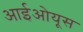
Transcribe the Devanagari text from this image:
आईओयूस